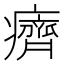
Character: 癠